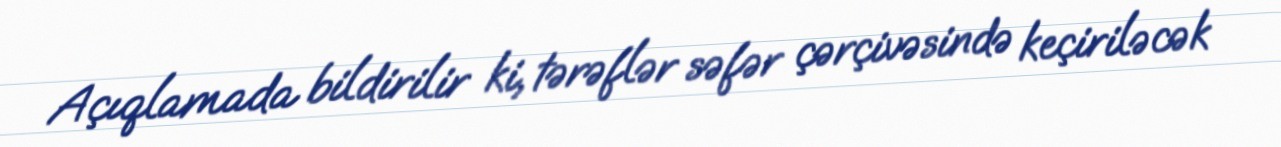
Açıqlamada bildirilir ki, tərəflər səfər çərçivəsində keçiriləcək